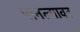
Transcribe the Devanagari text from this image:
मानल्यावर